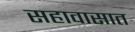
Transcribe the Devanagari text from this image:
सहावासात